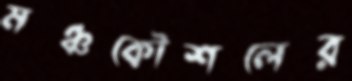
মঞ্চকৌশলের